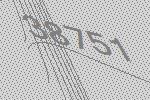
38751